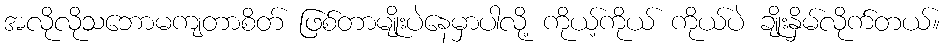
အလိုလိုသဘောမကျတာစိတ် ဖြစ်တာမျိုးပဲနေမှာပါလို့ ကိုယ့်ကိုယ် ကိုယ်ပဲ ချိုးနှိမ်လိုက်တယ်။